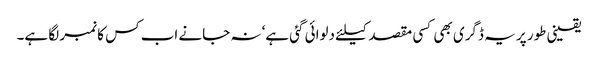
یقینی طور پر یہ ڈگری بھی کسی مقصد کیلئے دلوائی گئی ہے‘ نہ جانے اب کس کا نمبر لگا ہے۔